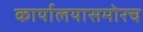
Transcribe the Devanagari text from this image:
कार्यालयासमोरच